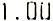
1.00